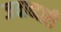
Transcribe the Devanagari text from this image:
जवाब्दारी